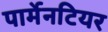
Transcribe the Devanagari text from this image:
पार्मेनटियर